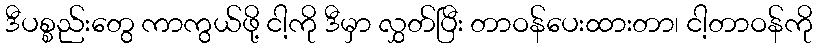
ဒီပစ္စည်းတွေ ကာကွယ်ဖို့ ငါ့ကို ဒီမှာ လွှတ်ပြီး တာဝန်ပေးထားတာ၊ ငါ့တာဝန်ကို